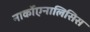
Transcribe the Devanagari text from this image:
नार्कोएनालिसिस